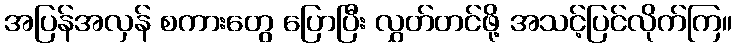
အပြန်အလှန် စကားတွေ ပြောပြီး လွှတ်တင်ဖို့ အသင့်ပြင်လိုက်ကြ။